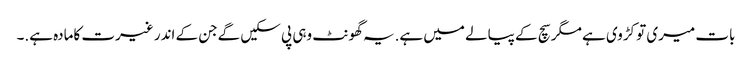
بات میری تو کڑوی ہے مگر سچ کے پیالے میں ہے.یہ گھونٹ وہی پی سکیں گےجن کے اندر غیرت کامادہ ہے.۔